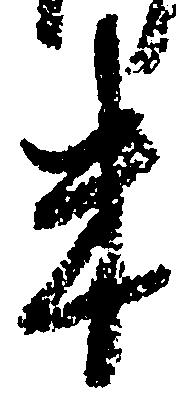
米